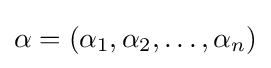
\textstyle \alpha =\left(\alpha _{1},\alpha _{2},\ldots ,\alpha _{n}\right)